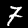
Digit: 7